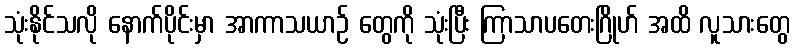
သုံးနိုင်သလို နောက်ပိုင်းမှာ အာကာသယာဉ် တွေကို သုံးပြီး ကြာသာပတေးဂြိုဟ် အထိ လူသားတွေ